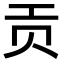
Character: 贡